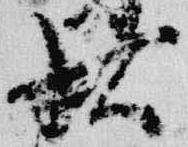
状